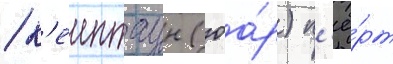
/ к'еиптаун (юа́р) п'ё́рт